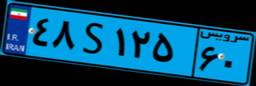
۳۸S۳۷۶۱۹